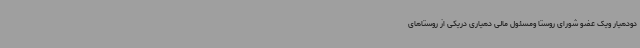
دودهیار ویک عضو شورای روستا ومسئول مالی دهیاری دریکی از روستاهای